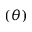
( \theta )